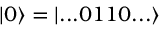
| 0 \rangle = | . . . 0 1 1 0 . . . \rangle